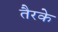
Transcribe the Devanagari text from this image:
तैरके